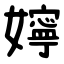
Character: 嬣